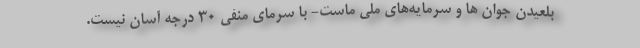
بلعیدن جوان ها و سرمایه‌های ملی ماست- با سرمای منفی ۳۰ درجه آسان نیست.